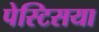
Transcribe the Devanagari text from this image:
पेस्टिसया